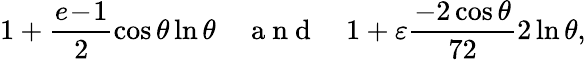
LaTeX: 1+\frac{e\! -\! 1}{2}\cos\theta\ln\theta\quad\mathrm{~a~n~d~}\quad 1+\varepsilon\frac{-2\cos\theta}{72}2\ln\theta,